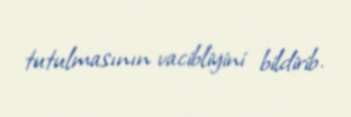
tutulmasının vacibliyini bildirib.